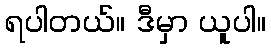
ရပါတယ်။ ဒီမှာ ယူပါ။